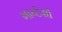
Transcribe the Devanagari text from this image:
मान्टेग्रो